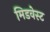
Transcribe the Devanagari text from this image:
मिडवेस्‍ट